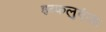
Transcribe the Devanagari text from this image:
इन्फलुएंजा